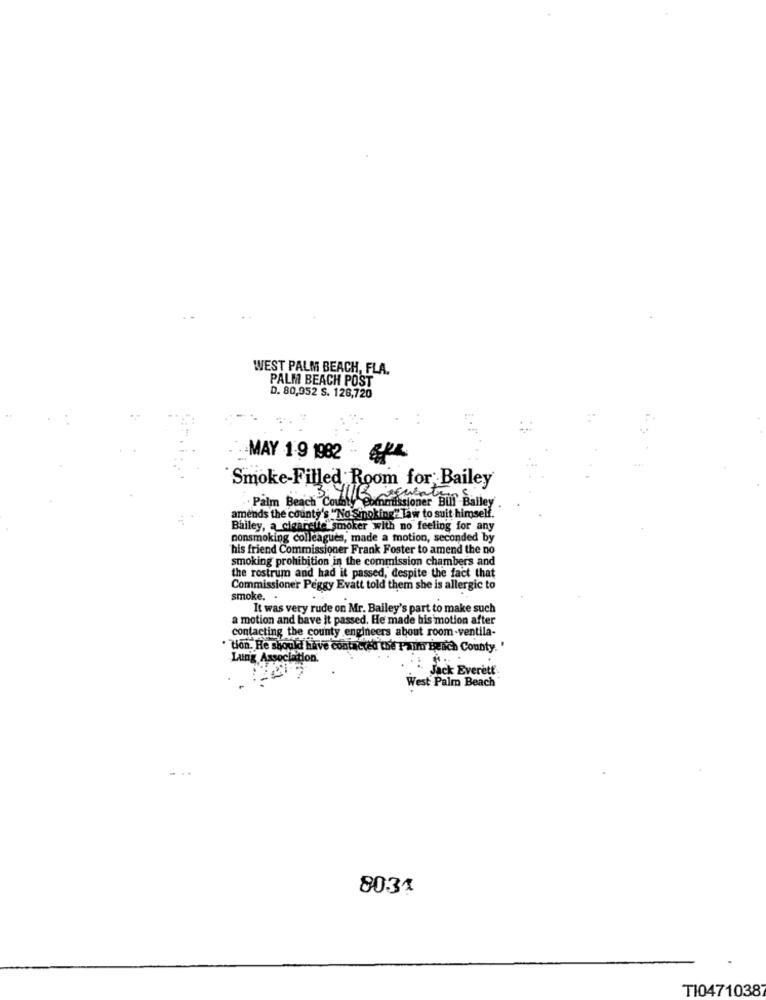
WEST PALM BEACH, FLA.
PALM BEACH POST
D. 80,352 S. 126,720
-MAY 1-9 1982
Smoke-Filled Room for Bailey
.. Palm Beach County Commissioner Bul' Bailey
amends the county's "No Smoking" Taw to suit himself.
Bailey, a cigarette smoker with no feeling for any
nonsmoking colleagues, made a motion, seconded by
his friend Commissioner Frank Foster to amend the no
smoking prohibition in the commission chambers and
the rostrum and had it passed, despite the fact that
Commissioner Peggy Evatt told them she is allergic to
smoke. .
It was very rude on Mr. Bailey's part to make such
a motion and bave it passed. He made his motion after
contacting the county engineers about room -ventila-
tion. He should have contacted the Palm Beach County. '
Latrig Associ
ition.
Jack Everett
West Palm Beach
8031
TI04710387